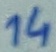
Text: 14